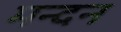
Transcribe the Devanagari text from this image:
मन्दन